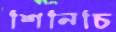
শিনিচি